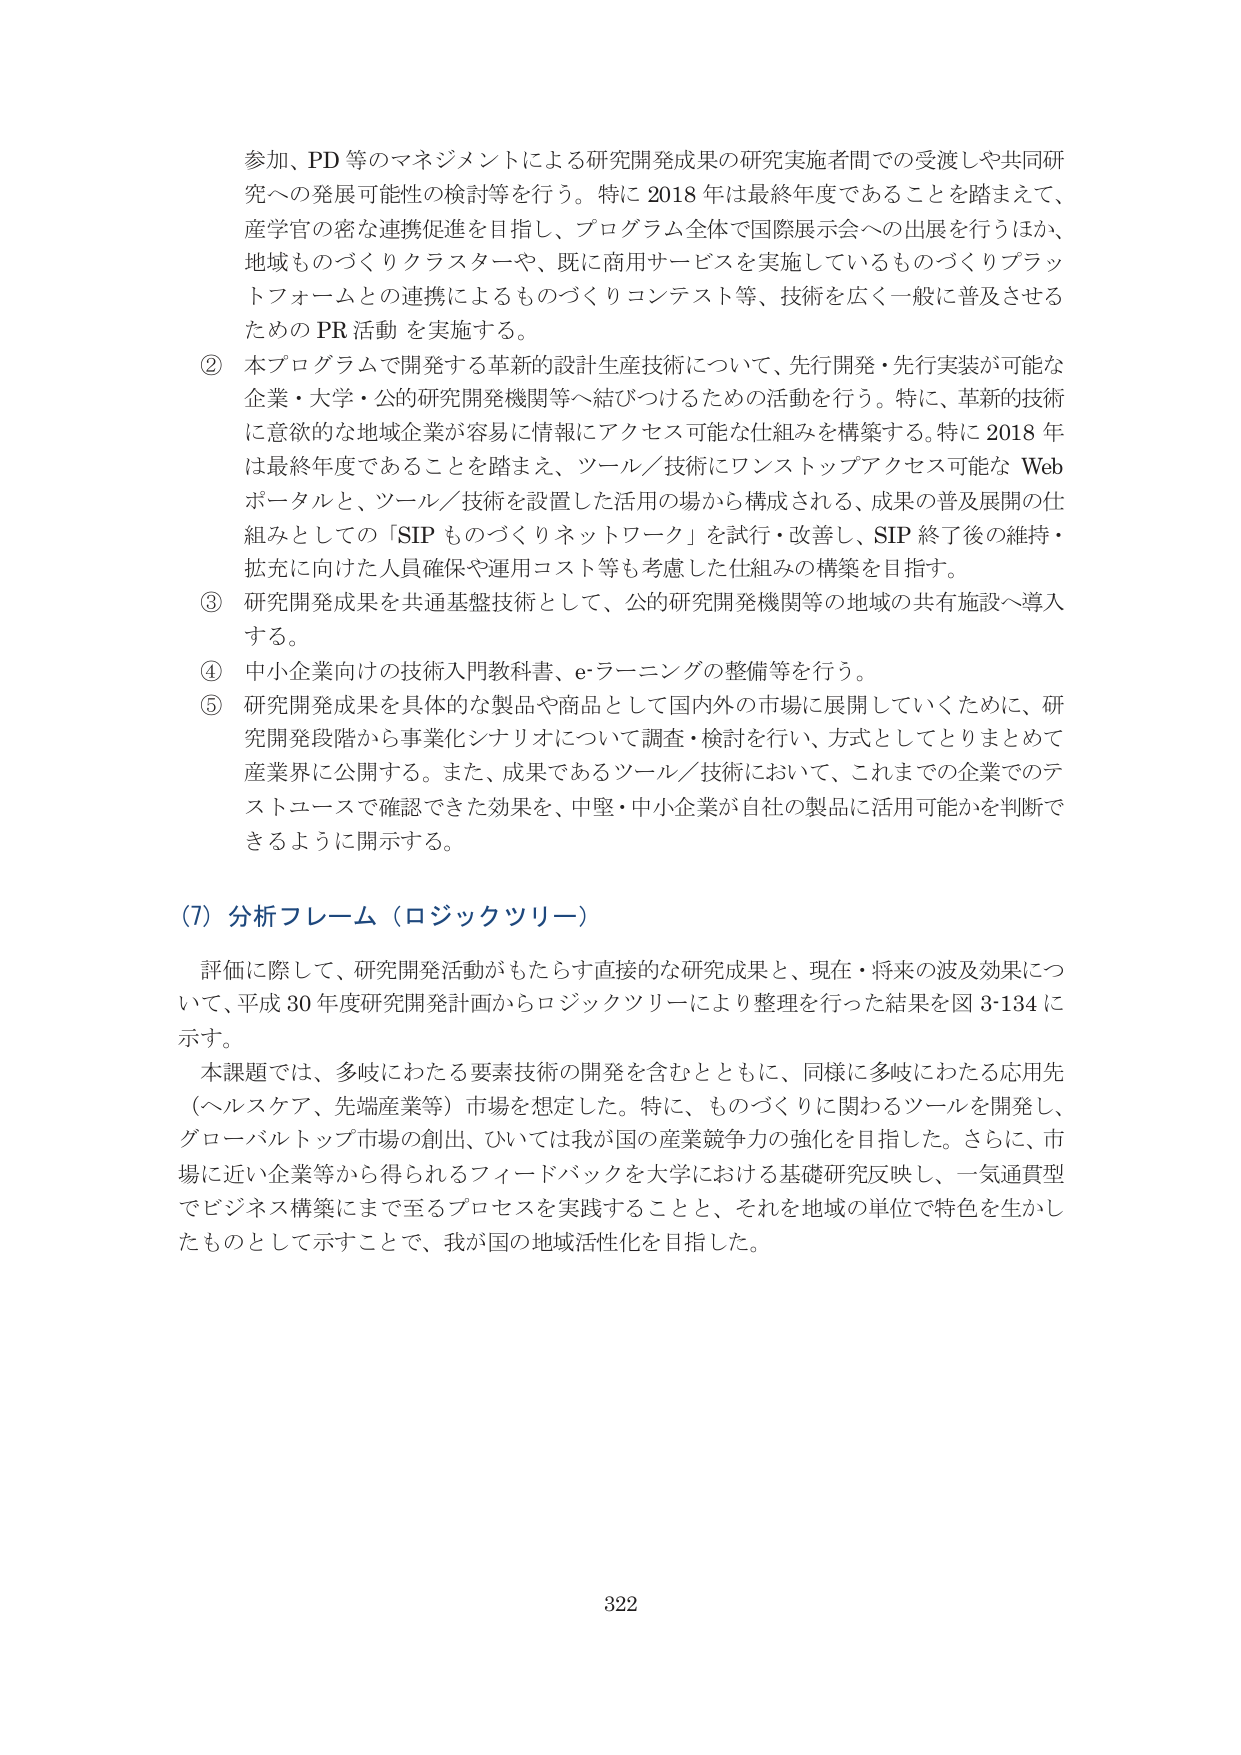
参加、PD等のマネジメントによる研究開発成果の研究実施者間での受渡しや共同研究への発展可能性の検討等を行う。特に2018年は最終年度であることを踏まえて、産学官の密な連携促進を目指し、プログラム全体で国際展示会への出展を行うほか、地域ものづくりクラスターや、既に商用サービスを実施しているものづくりプラットフォームとの連携によるものづくりコンテスト等、技術を広く一般に普及させるためのPR活動を実施する。

② 本プログラムで開発する革新的設計生産技術について、先行開発・先行実装が可能な企業・大学・公的研究開発機関等へ結びつけるための活動を行う。特に、革新的技術に意欲的な地域企業が容易に情報にアクセス可能な仕組みを構築する。特に2018年は最終年度であることを踏まえ、ツール／技術にワンストップアクセス可能なWebポータルと、ツール／技術を設置した活用の場から構成される、成果の普及展開の仕組みとしての「SIPものづくりネットワーク」を試行・改善し、SIP終了後の維持・拡充に向けた人員確保や運用コスト等も考慮した仕組みの構築を目指す。

③ 研究開発成果を共通基盤技術として、公的研究開発機関等の地域の共有施設へ導入する。

④ 中小企業向けの技術入門教科書、e-ラーニングの整備等を行う。

⑤ 研究開発成果を具体的な製品や商品として国内外の市場に展開していくために、研究開発段階から事業化シナリオについて調査・検討を行い、方式としてとりまとめて産業界に公開する。また、成果であるツール／技術において、これまでの企業でのテストユースで確認できた効果を、中堅・中小企業が自社の製品に活用可能かを判断できるように開示する。

(7) 分析フレーム（ロジックツリー）

評価に際して、研究開発活動がもたらす直接的な研究成果と、現在・将来の波及効果について、平成30年度研究開発計画からロジックツリーにより整理を行った結果を図3-134に示す。

本課題では、多岐にわたる要素技術の開発を含むとともに、同様に多岐にわたる応用先（ヘルスケア、先端産業等）市場を想定した。特に、ものづくりに関わるツールを開発し、グローバルトップ市場の創出、ひいては我が国の産業競争力の強化を目指した。さらに、市場に近い企業等から得られるフィードバックを大学における基礎研究反映し、一気通貫型でビジネス構築にまで至るプロセスを実践することと、それを地域の単位で特色を生かしたものとして示すことで、我が国の地域活性化を目指した。

322